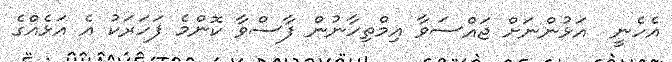
އެހެނީ  އަޅުންނަށް ޖައްސަވާ އިމްތިހާނުން ފާސްވާ ކޮންމެ ފަހަރަކު އެ އަޅެއްގެ